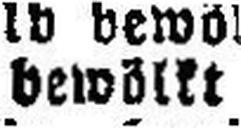
bewöllt